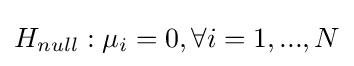
H_{null}:\mu _{i}=0,\forall i=1,...,N